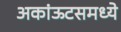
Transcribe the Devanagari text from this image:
अकांऊटसमध्ये